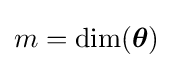
m=\mathrm {dim} ({\boldsymbol {\theta }})